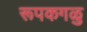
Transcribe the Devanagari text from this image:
रूपकगळु